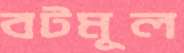
বটমূল